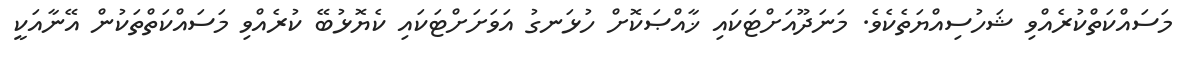
މަސައްކަތްކުރެއްވި ޝަހުސިއްޔަތެކެވެ. މަނަދޫއަށްޓަކައި ޚާއްޞަކޮށް ހުޅަނގު އަވަށަށްޓަކައި ކެޔޮޅުބޭ ކުރެއްވި މަސައްކަތްތަކުން އޭނާއަކީ